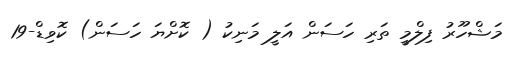
މަޝްހޫރު ފިލްމީ ތަރި ހަސަން އަލީ މަނިކު ( ކޮށްޔަ ހަސަން) ކޮވިޑް-19